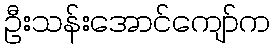
ဦးသန်းအောင်ကျော်က